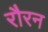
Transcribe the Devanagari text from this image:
रौरन